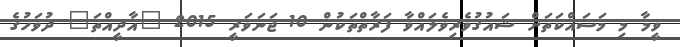
ވީމާ މި މަސައްކަތަށް ޝައުޤުވެރިވެލައްވާ ފަރާތްތަކުން 10 ޖަނަވަރީ 2015 "އާދީއްތަ" ދުވަހުގެ